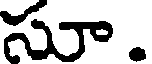
సూ.